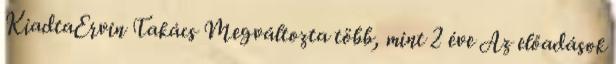
KiadtaErvin Takács Megváltozta több, mint 2 éve Az előadások